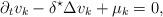
LaTeX: \begin{align*}\partial_t v_k-\delta^\star \Delta v_k+\mu_k=0,\end{align*}